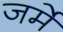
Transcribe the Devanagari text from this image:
जर्मे